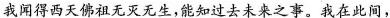
我闻得西天佛祖无灭无生，能知过去未来之事。我在此间，